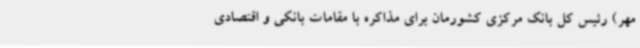
مهر) رئیس کل بانک مرکزی کشورمان برای مذاکره با مقامات بانکی و اقتصادی